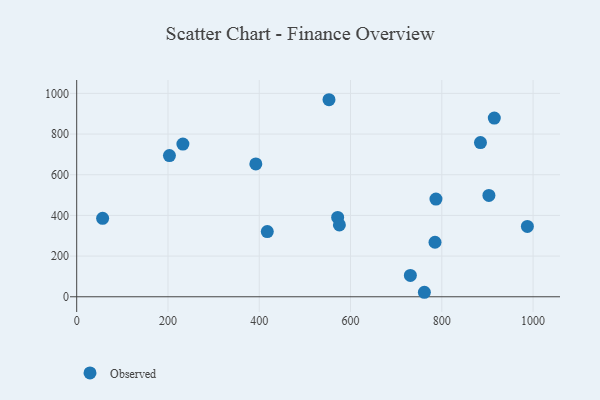
{"axis": {"x": "Investment", "y": "Rating"}, "legend": ["Observed"], "data": [{"x": "571.8", "y": 390.3, "type": "Observed"}, {"x": "761.8", "y": 22.1, "type": "Observed"}, {"x": "575.6", "y": 353.4, "type": "Observed"}, {"x": "232.7", "y": 750.6, "type": "Observed"}, {"x": "56.8", "y": 385.7, "type": "Observed"}, {"x": "392.5", "y": 653.1, "type": "Observed"}, {"x": "884.7", "y": 757.9, "type": "Observed"}, {"x": "417.6", "y": 320.6, "type": "Observed"}, {"x": "915.0", "y": 878.5, "type": "Observed"}, {"x": "903.2", "y": 498.3, "type": "Observed"}, {"x": "552.8", "y": 968.8, "type": "Observed"}, {"x": "787.2", "y": 480.4, "type": "Observed"}, {"x": "731.1", "y": 104.9, "type": "Observed"}, {"x": "987.5", "y": 345.9, "type": "Observed"}, {"x": "785.1", "y": 268.0, "type": "Observed"}, {"x": "203.2", "y": 694.4, "type": "Observed"}]}